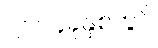
၂၀၁၄ခုနှစ်တွင်